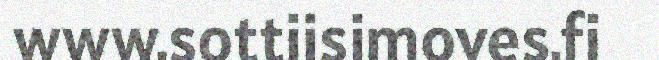
www.sottiisimoves.fi